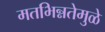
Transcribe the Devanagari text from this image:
मतभिन्नतेमुळे